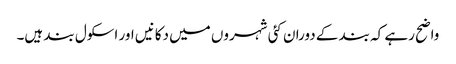
واضح رہے کہ بند کے دوران کئی شہروں میں دکانیں اور اسکول بند ہیں۔